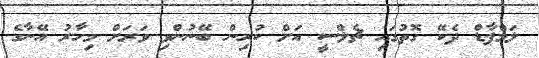
ލަމްޕާޑް ދެކޭ ގޮތުގައި ޗެލްސީ އަށް ކުރިން ބޭނުންވި ވަރަށް މިހާރު އޭނާގެ